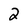
Character: 2